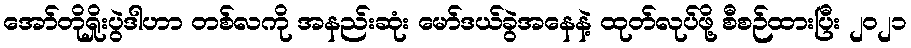
အော်တိုရှိုးပွဲဒါဟာ တစ်လကို အနည်းဆုံး မော်ဒယ်ခွဲအနေနဲ့ ထုတ်လုပ်ဖို့ စီစဉ်ထားပြီး ၂၀၂၁